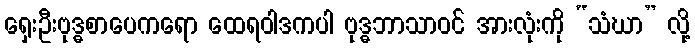
ရှေးဦးဗုဒ္ဓစာပေကရော ထေရဝါဒကပါ ဗုဒ္ဓဘာသာဝင် အားလုံးကို “သံဃာ” လို့